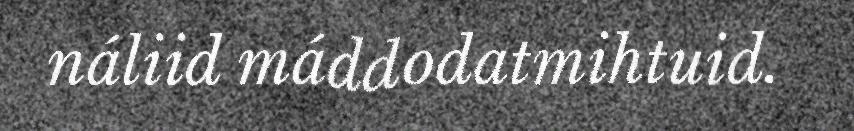
náliid máddodatmihtuid.